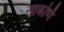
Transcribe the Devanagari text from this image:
साकर्णि